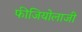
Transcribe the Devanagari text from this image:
फीजियोलाजी